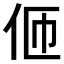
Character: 𠇽